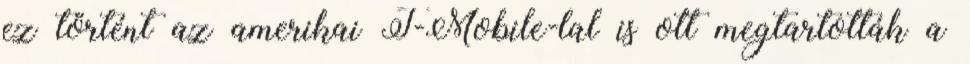
ez történt az amerikai T-Mobile-lal is ott megtartották a